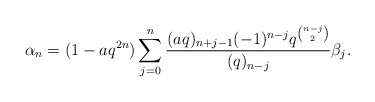
\begin{align*} \alpha_n = (1-aq^{2n}) \sum_{j=0}^n \frac{(aq)_{n+j-1}(-1)^{n-j}q^{\binom{n-j}{2}}}{(q)_{n-j}}\beta_j.\end{align*}